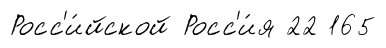
Росс'и́йской Росс'и́я 22 165